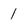
Character: 1